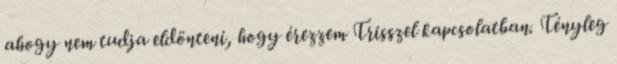
ahogy nem tudja eldönteni, hogy érezzem Trisszel kapcsolatban. Tényleg